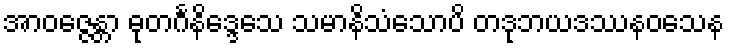
အာဝဇ္ဇေန္တာ ဓုတင်္ဂနိဒ္ဒေသေ သမာနိသံသောပိ တဒုဘယဒဿနဝသေန